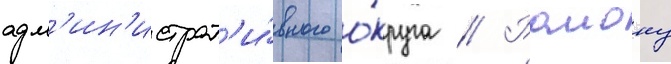
адм'ин'истрат'и́вного о́круга // Раиону